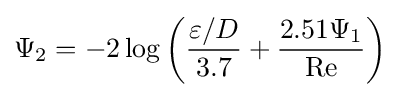
\Psi _{2}=-2\log \left({\frac {\varepsilon /D}{3.7}}+{\frac {2.51\Psi _{1}}{\mathrm {Re} }}\right)